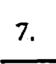
7.